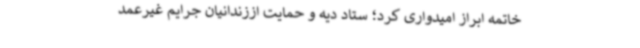
خاتمه ابراز امیدواری کرد؛ ستاد دیه و حمایت اززندانیان جرایم غیرعمد